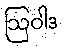
ဩဝါဒ